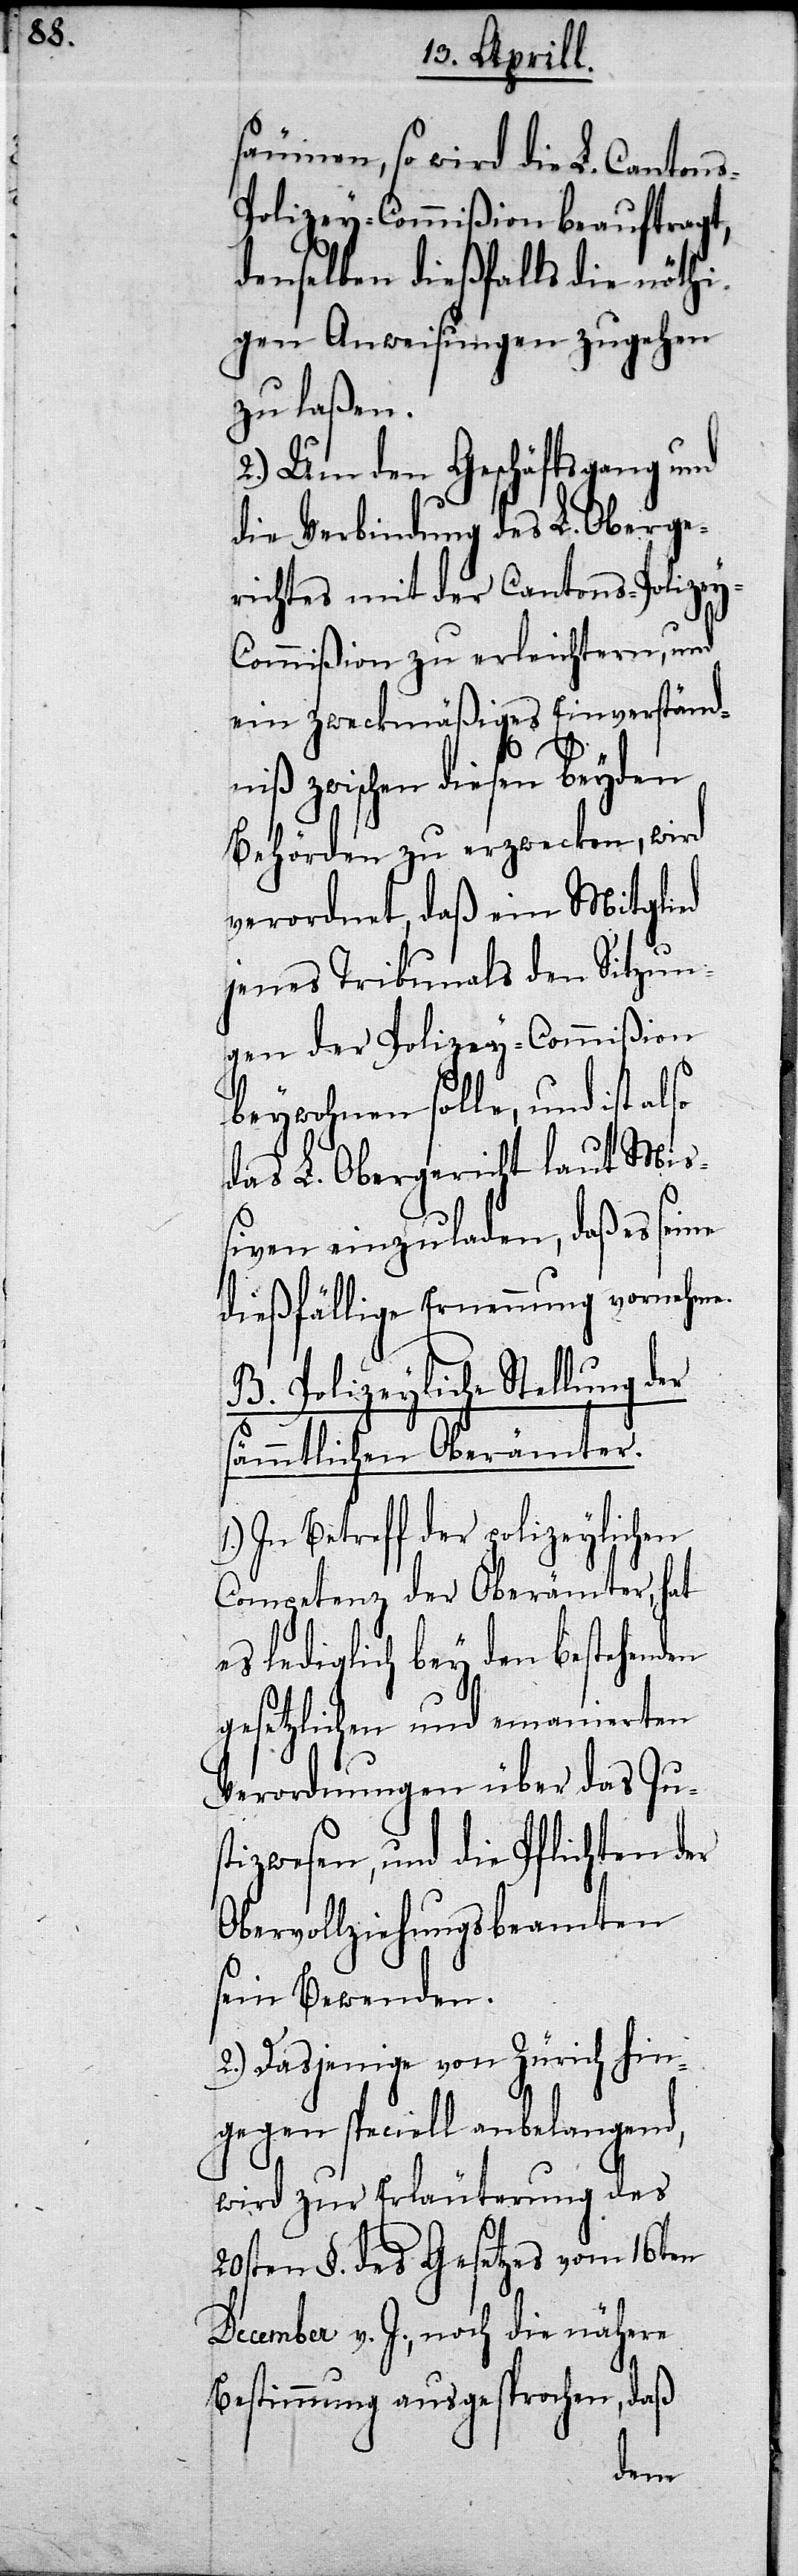
säumen, so wird die L. Canton¬
s-Polizey-Commißion beauftragt,
denselben dießfalls die nöthi¬
gen Anweisungen zugehen
zu laßen.
2.) Um den Geschäftsgang und
die Verbindung des L. Oberge¬
richtes mit der Cantons-Polizey-C¬
ommißion zu erleichtern, und
ein zweckmäßiges Einverständ¬
niß zwischen diesen beyden
Behörden zu erzwecken, wird
verordnet, daß ein Mitglied
jenes Tribunals den Sitzun¬
gen der Polizey-Commißion
beywohnen solle, und ist
das L. Obergericht laut Mi¬
ßiven einzuladen, daß es
dießfällige Ernennung vornehme.
B. Polizeyliche Stellung
sämmtlichen Oberämter.
1.) In Betreff der polizeylichen
Competenz der Oberämter, hat
es lediglich bey den bestehenden
gesetzlichen und emanierten
Verordnungen über das Jus¬
tizwesen, und die Pflichten der
Obervollziehungsbeamten
sein Bewenden.
2.) Dasjenige von Zürich hin¬
gegen speciell anbelangend,
wird zur Erläuterung des
20sten §. des Gesetzes vom 16ten
December v. J., noch die nähern
Bestimmungen ausgesprochen, daß
der